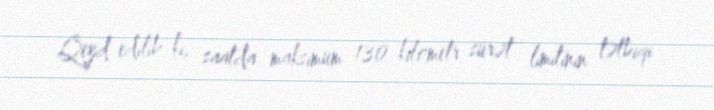
Qeyd edilib ki, saatda maksimum 130 kilometr sürət limitinin tətbiqi